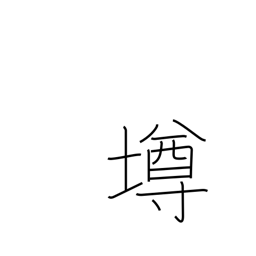
Meaning: cup